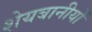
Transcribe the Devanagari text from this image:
शेयबानीयों